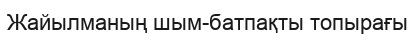
Жайылманың шым-батпақты топырағы